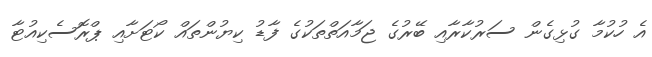
އެ ހުކުމާ ގުޅިގެން ސަރުކާރާއި ބޭރުގެ ޖަމާއަތްތަކުގެ ފާޑު ކިޔުންތައް ކޯޓަށާއި ޕްރޮސެކިއުޓާ